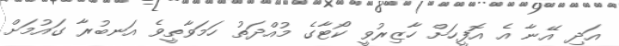
އަދި އޭނާ އެ އޮފީހަށް ހާޒިރުވީ ކޯޓާގެ މުއްދަތު ހަމަވާތީވެ އަނބުރާ ގައުމަށް